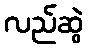
လည်ဆွဲ